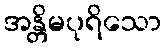
အန္တိမပုရိသော